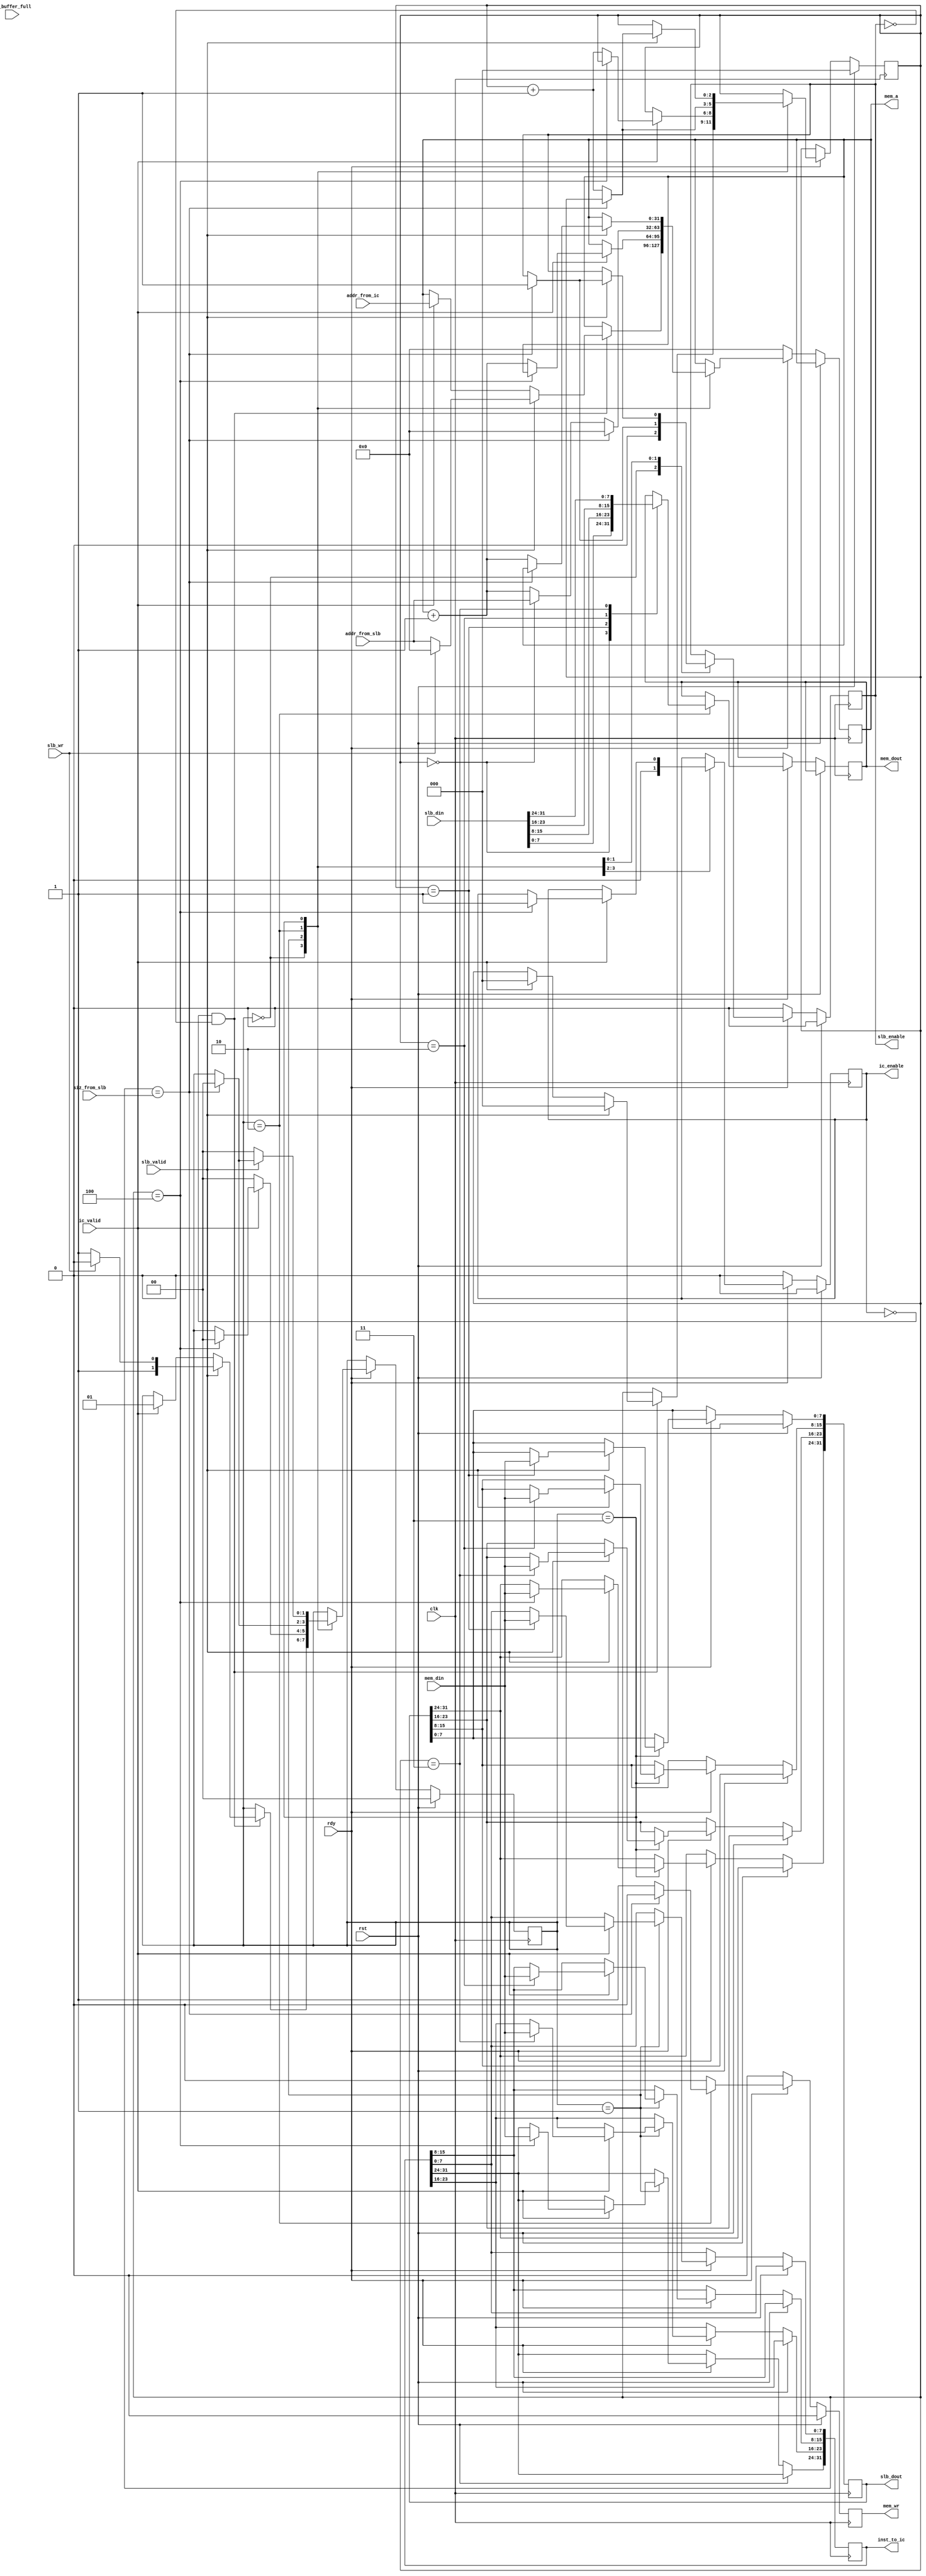
module mem_ctrl (
    input wire clk,
    input wire rst,
    input wire rdy,

    input  wire [ 7:0]          mem_din,		// data input bus
    output reg [ 7:0]          mem_dout,		// data output bus
    output reg [31:0]          mem_a,			// address bus (only 17:0 is used)
    output reg                 mem_wr,			// write/read signal (1 for write)
    input  wire                 io_buffer_full, // 1 if uart buffer is full

    input wire ic_valid,
    input wire[31:0] addr_from_ic,
    output reg ic_enable,
    output reg[31:0] inst_to_ic,

    input wire slb_valid,
    input wire slb_wr,      //store/load signal(1 for store)
    input wire[31:0] addr_from_slb,
    input wire[2:0] siz_from_slb,   //1 or 2 or 4
    input wire[31:0] slb_din,   //only valid when store
    output reg[31:0] slb_dout,  //only valid when load
    output reg slb_enable
);

    reg[2:0] pos;   //one byte read/write only in one cycle
    reg[1:0] status;   //0 for null, 1 for instruction read, 2 for store, 3 for load
    always @(posedge clk) begin
        if (rst) begin
            mem_wr <= 0;
            ic_enable <= 0;
            slb_enable <= 0;
            pos <= 0;
            status <= 0;
        end
        else if (!rdy) begin
            mem_wr <= 0;
            ic_enable <= 0;
            slb_enable <= 0;
            mem_a <= 0;
        end
        else begin
            mem_wr <= 0;
            case (status)
                0: begin
                    ic_enable <= 0;
                    slb_enable <= 0;
                    if (!ic_enable && !slb_enable) begin    //wait a cycle,don't know why need do this
                        if (slb_valid) begin
                            if (slb_wr) begin   //store
                                //mem_wr <= 0;    //do not store immediately
                                status <= 2;
                                mem_a <= 0;
                            end else begin    //load
                                //mem_wr <= 0;
                                status <= 3;
                                mem_a <= addr_from_slb;
                            end
                            pos <= 0;
                        end
                        else if (ic_valid) begin
                            //mem_wr <= 0;
                            mem_a <= addr_from_ic;
                            status <= 1;
                            pos <= 0;
                        end
                    end
                end
                1: //ins read
                if (ic_valid) begin    
                    case(pos)   //todo: why start from 1
                        3'd1: inst_to_ic[7:0] <= mem_din;
                        3'd2: inst_to_ic[15:8] <= mem_din;
                        3'd3: inst_to_ic[23:16] <= mem_din;
                        3'd4: inst_to_ic[31:24] <= mem_din;
                    endcase
                    if (pos == 3'd4) begin
                        status <= 0;
                        ic_enable <= 1;
                    end
                    else begin
                        mem_a <= mem_a + 1;
                        pos <= pos + 1;
                    end
                end else status <= 0;
                2: 
                //if (!io_buffer_full || addr_from_slb[17:16] != 2'b11) begin
                //if (addr_from_slb[17:16] != 2'b11) 
                begin
                    mem_wr <= 1;
                    case (pos) 
                        3'd0: mem_dout <= slb_din[7:0];
                        3'd1: mem_dout <= slb_din[15:8];
                        3'd2: mem_dout <= slb_din[23:16];
                        3'd3: mem_dout <= slb_din[31:24];
                    endcase
                    if (pos == siz_from_slb) begin
                        mem_wr <= 0;
                        mem_a <= 0;
                        status <= 0;
                        slb_enable <= 1;
                    end
                    else begin
                        if (pos == 0) mem_a <= addr_from_slb;
                        else mem_a <= mem_a + 1;
                        pos <= pos + 1;
                    end
                end

                3:   //load
                if (slb_valid) begin
                    case(pos) 
                        3'd1: slb_dout[7:0] <= mem_din;
                        3'd2: slb_dout[15:8] <= mem_din;
                        3'd3: slb_dout[23:16] <= mem_din;
                        3'd4: slb_dout[31:24] <= mem_din;
                    endcase
                    if (pos == siz_from_slb) begin
                        status <= 0;
                        slb_enable <= 1;
                    end
                    else begin
                        mem_a <= mem_a + 1;
                        pos <= pos + 1;
                    end
                end
                else status <= 0;
            endcase
        end
    end

endmodule